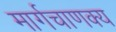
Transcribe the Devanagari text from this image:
मार्गचाणक्य